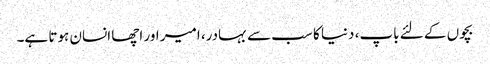
بچوں کے لئے باپ، دنیا کا سب سے بہادر، امیر اور اچھا انسان ہوتا ہے۔